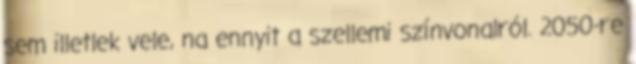
sem illetlek vele, na ennyit a szellemi színvonalról. 2050-re